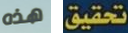
هذه تحقيق